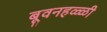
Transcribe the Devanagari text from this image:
बूवनहळ्ळी